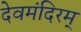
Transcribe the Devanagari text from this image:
देवमंदिरम्